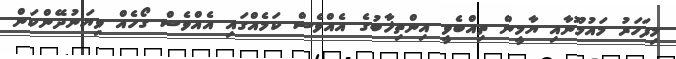
މިފަހަރު މައުމޫނާއި ޔާމީން ތިއްބެވީ އިންތިޚާބުގެ އެއްވެސް ކަމެއްގައި އެއްވެސް ގޯހެއް ވިޔަނުދޭންކަން